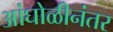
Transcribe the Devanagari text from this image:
आंघोळीनंतर